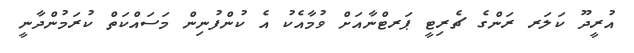
އުރީދޫ ކަލަރ ރަންގެ ޗެރިޓީ ޕަރޓްނާއަށް ވުމާއެކު އެ ކުންފުނިން މަސައްކަތް ކުރަމުންދާނީ